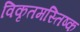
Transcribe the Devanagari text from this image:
विकृतमस्तिष्क